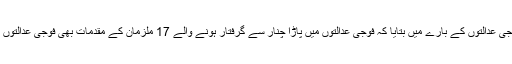
آئی ایس پی آر کے سربراہ نے فوجی عدالتوں کے بارے میں بتایا کہ فوجی عدالتوں میں پاڑا چنار سے گرفتار ہونے والے 17 ملزمان کے مقدمات بھی فوجی عدالتوں میں تیزی سے چلائے جائیں گے۔